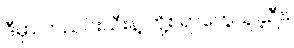
ဒီမှာ တညင်းသီးနဲ့ တို့စရာတွေယူခဲ့ဦး။